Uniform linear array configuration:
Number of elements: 32
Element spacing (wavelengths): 0.25
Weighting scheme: blackman
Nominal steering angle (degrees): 15
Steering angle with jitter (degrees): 15.799
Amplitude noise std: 0.05
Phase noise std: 0.05

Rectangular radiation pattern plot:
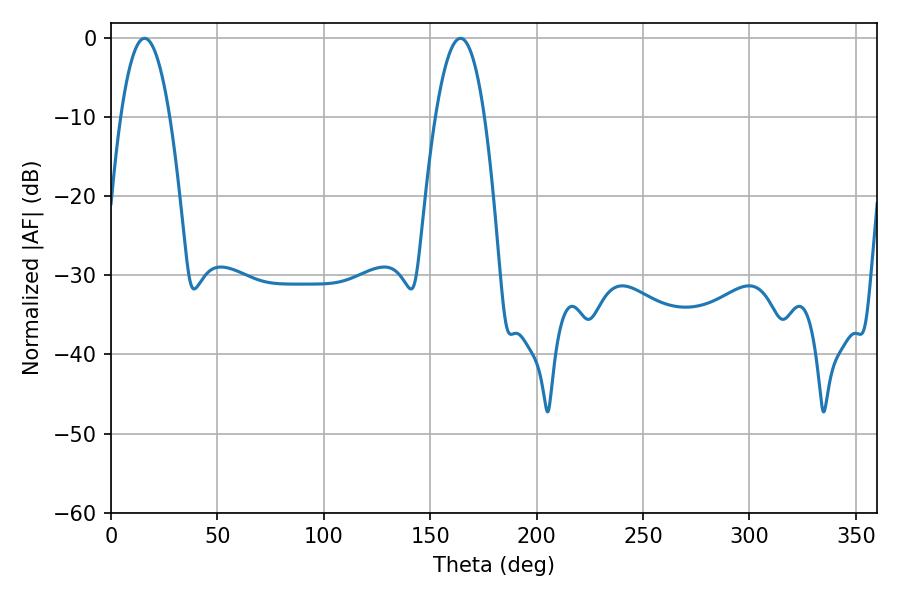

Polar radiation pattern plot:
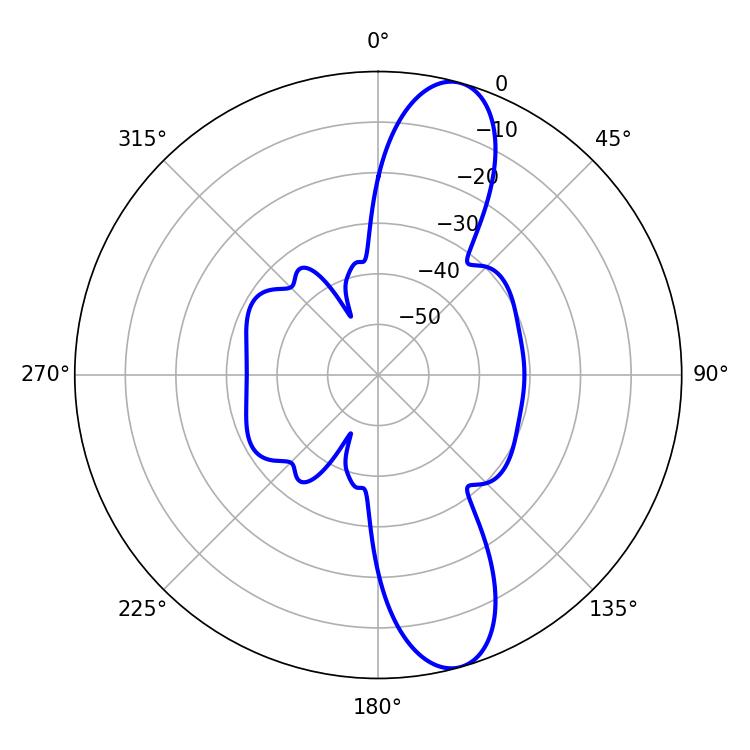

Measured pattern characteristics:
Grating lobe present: FALSE
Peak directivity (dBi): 11.851
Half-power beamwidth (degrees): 12.6
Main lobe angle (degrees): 15.84